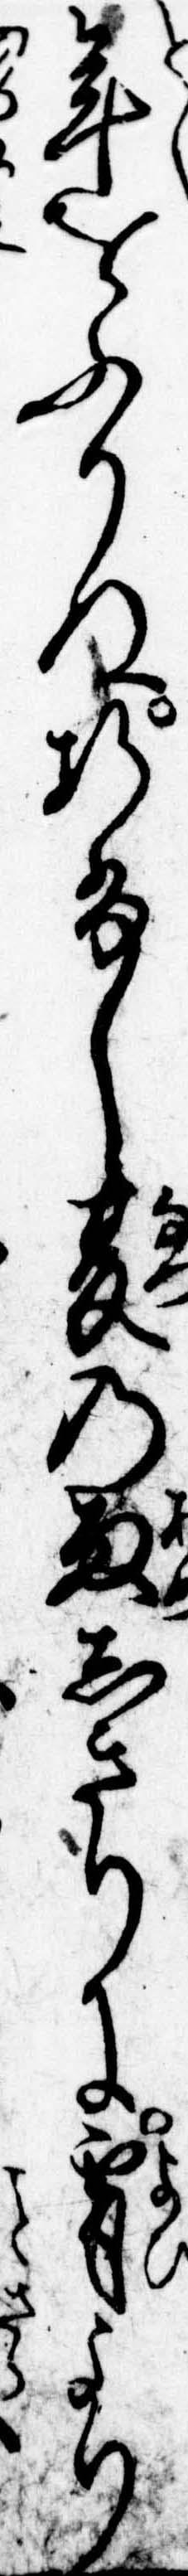
年をふりぬ折ふし夏の雨しきりに宵より